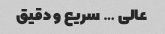
عالی … سریع و دقیق